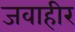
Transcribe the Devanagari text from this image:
जवाहीर